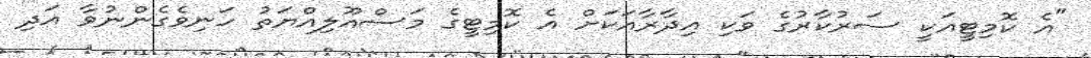
"އެ ކޮމިޓީއަކީ ސަރުކާރުގެ ވަކި އިދާރާއަކަށް އެ ކޮމިޓީގެ މަސްއޫލިއްޔަތު ހަނިވެގެންނުވާ އަދި